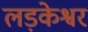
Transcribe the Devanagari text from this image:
लड़केश्वर